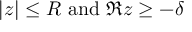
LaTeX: | z | \leq R { \mathrm { ~ a n d ~ } } \Re z \geq - \delta